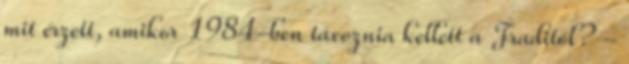
mit érzett, amikor 1984-ben távoznia kellett a Fraditól? -